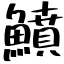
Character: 鱝